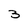
Character: 3